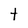
Character: t